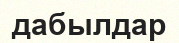
дабылдар